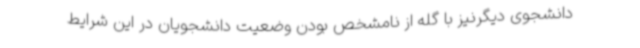
دانشجوی دیگرنیز با گله از نامشخص بودن وضعیت دانشجویان در این شرایط